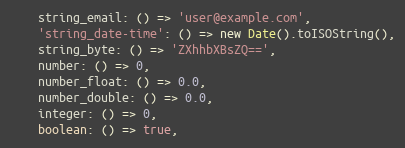
Language: JavaScript
    string_email: () => 'user@example.com',
    'string_date-time': () => new Date().toISOString(),
    string_byte: () => 'ZXhhbXBsZQ==',
    number: () => 0,
    number_float: () => 0.0,
    number_double: () => 0.0,
    integer: () => 0,
    boolean: () => true,